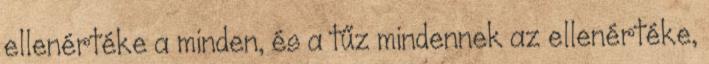
ellenértéke a minden, és a tűz mindennek az ellenértéke,